Indian journal of veterinary science and animal husbandry - Volume 6,
Year: 1936
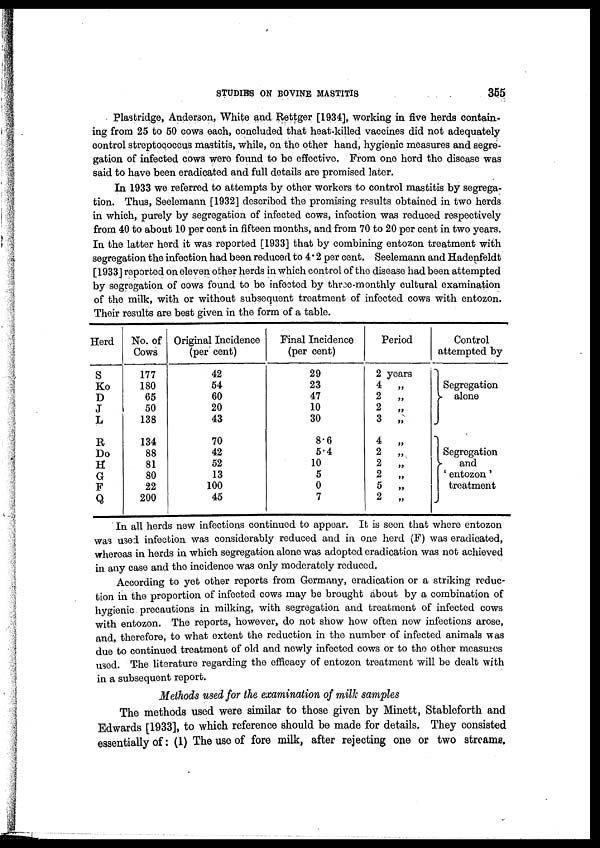
STUDIES ON BOVINE MASTITIS
355
Plastridge, Anderson, White and Rettger [1934], working in five herds contain-
ing from 25 to 50 cows each, concluded that heat-killed vaccines did not adequately
control streptococcus mastitis, while, on the other hand, hygienic measures and segre-
gation of infected cows were found to be effective. From one herd the disease was
said to have been eradicated and full details are promised later.
In 1933 we referred to attempts by other workers to control mastitis by segrega-
tion. Thus, Seelemann [1932] described the promising results obtained in two herds
in which, purely by segregation of infected cows, infection was reduced respectively
from 40 to about 10 per cent in fifteen months, and from 70 to 20 per cent in two years.
In the latter herd it was reported [1933] that by combining entozon treatment with
segregation the infection had been reduced to 4.2 per cent. Seelemann and Hadenfeldt
[1933] reported on eleven other herds in which control of the disease had been attempted
by segregation of cows found to be infected by three-monthly cultural examination
of the milk, with or without subsequent treatment of infected cows with entozon.
Their results are best given in the form of a table.
Herd
S
Ko
D
J
L
R
Do
H
G
F
Q
No. of
Cows
177
180
65
50
138
134
88
81
80
22
200
Original Incidence
(per cent)
42
54
60
20
43
70
42
52
13
100
45
Final Incidence
(per cent)
29
23
47
10
30
8.6
5.4
10
5
0
7
Period
2 years
4
„
2
„
2
„
3 „
4
„
2
„
2
„
2
„
5
„
2
„
Control
attempted by
Segregation
}
alone
Segregation
}
and
' entozon '
treatment
In all herds new infections continued to appear. It is seen that where entozon
was used infection was considerably reduced and in one herd (F) was eradicated,
whereas in herds in which segregation alone was adopted eradication was not achieved
in any case and the incidence was only moderately reduced.
According to yet other reports from Germany, eradication or a striking reduc-
tion in the proportion of infected cows may be brought about by a combination of
hygienic precautions in milking, with segregation and treatment of infected cows
with entozon. The reports, however, do not show how often new infections arose,
and, therefore, to what extent the reduction in the number of infected animals was
due to continued treatment of old and newly infected cows or to the other measures
used. The literature regarding the efficacy of entozon treatment will be dealt with
in a subsequent report.
Methods used for the examination of milk samples
The methods used were similar to those given by Minett, Stableforth and
Edwards [1933], to which reference should be made for details. They consisted
essentially of : (1) The use of fore milk, after rejecting one or two streams.